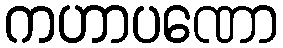
ကဟာပဏော